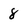
Character: 8